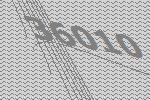
36010